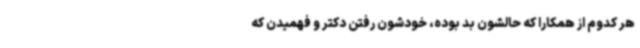
هر کدوم از همکارا که حالشون بد بوده، خودشون رفتن دکتر و فهمیدن که